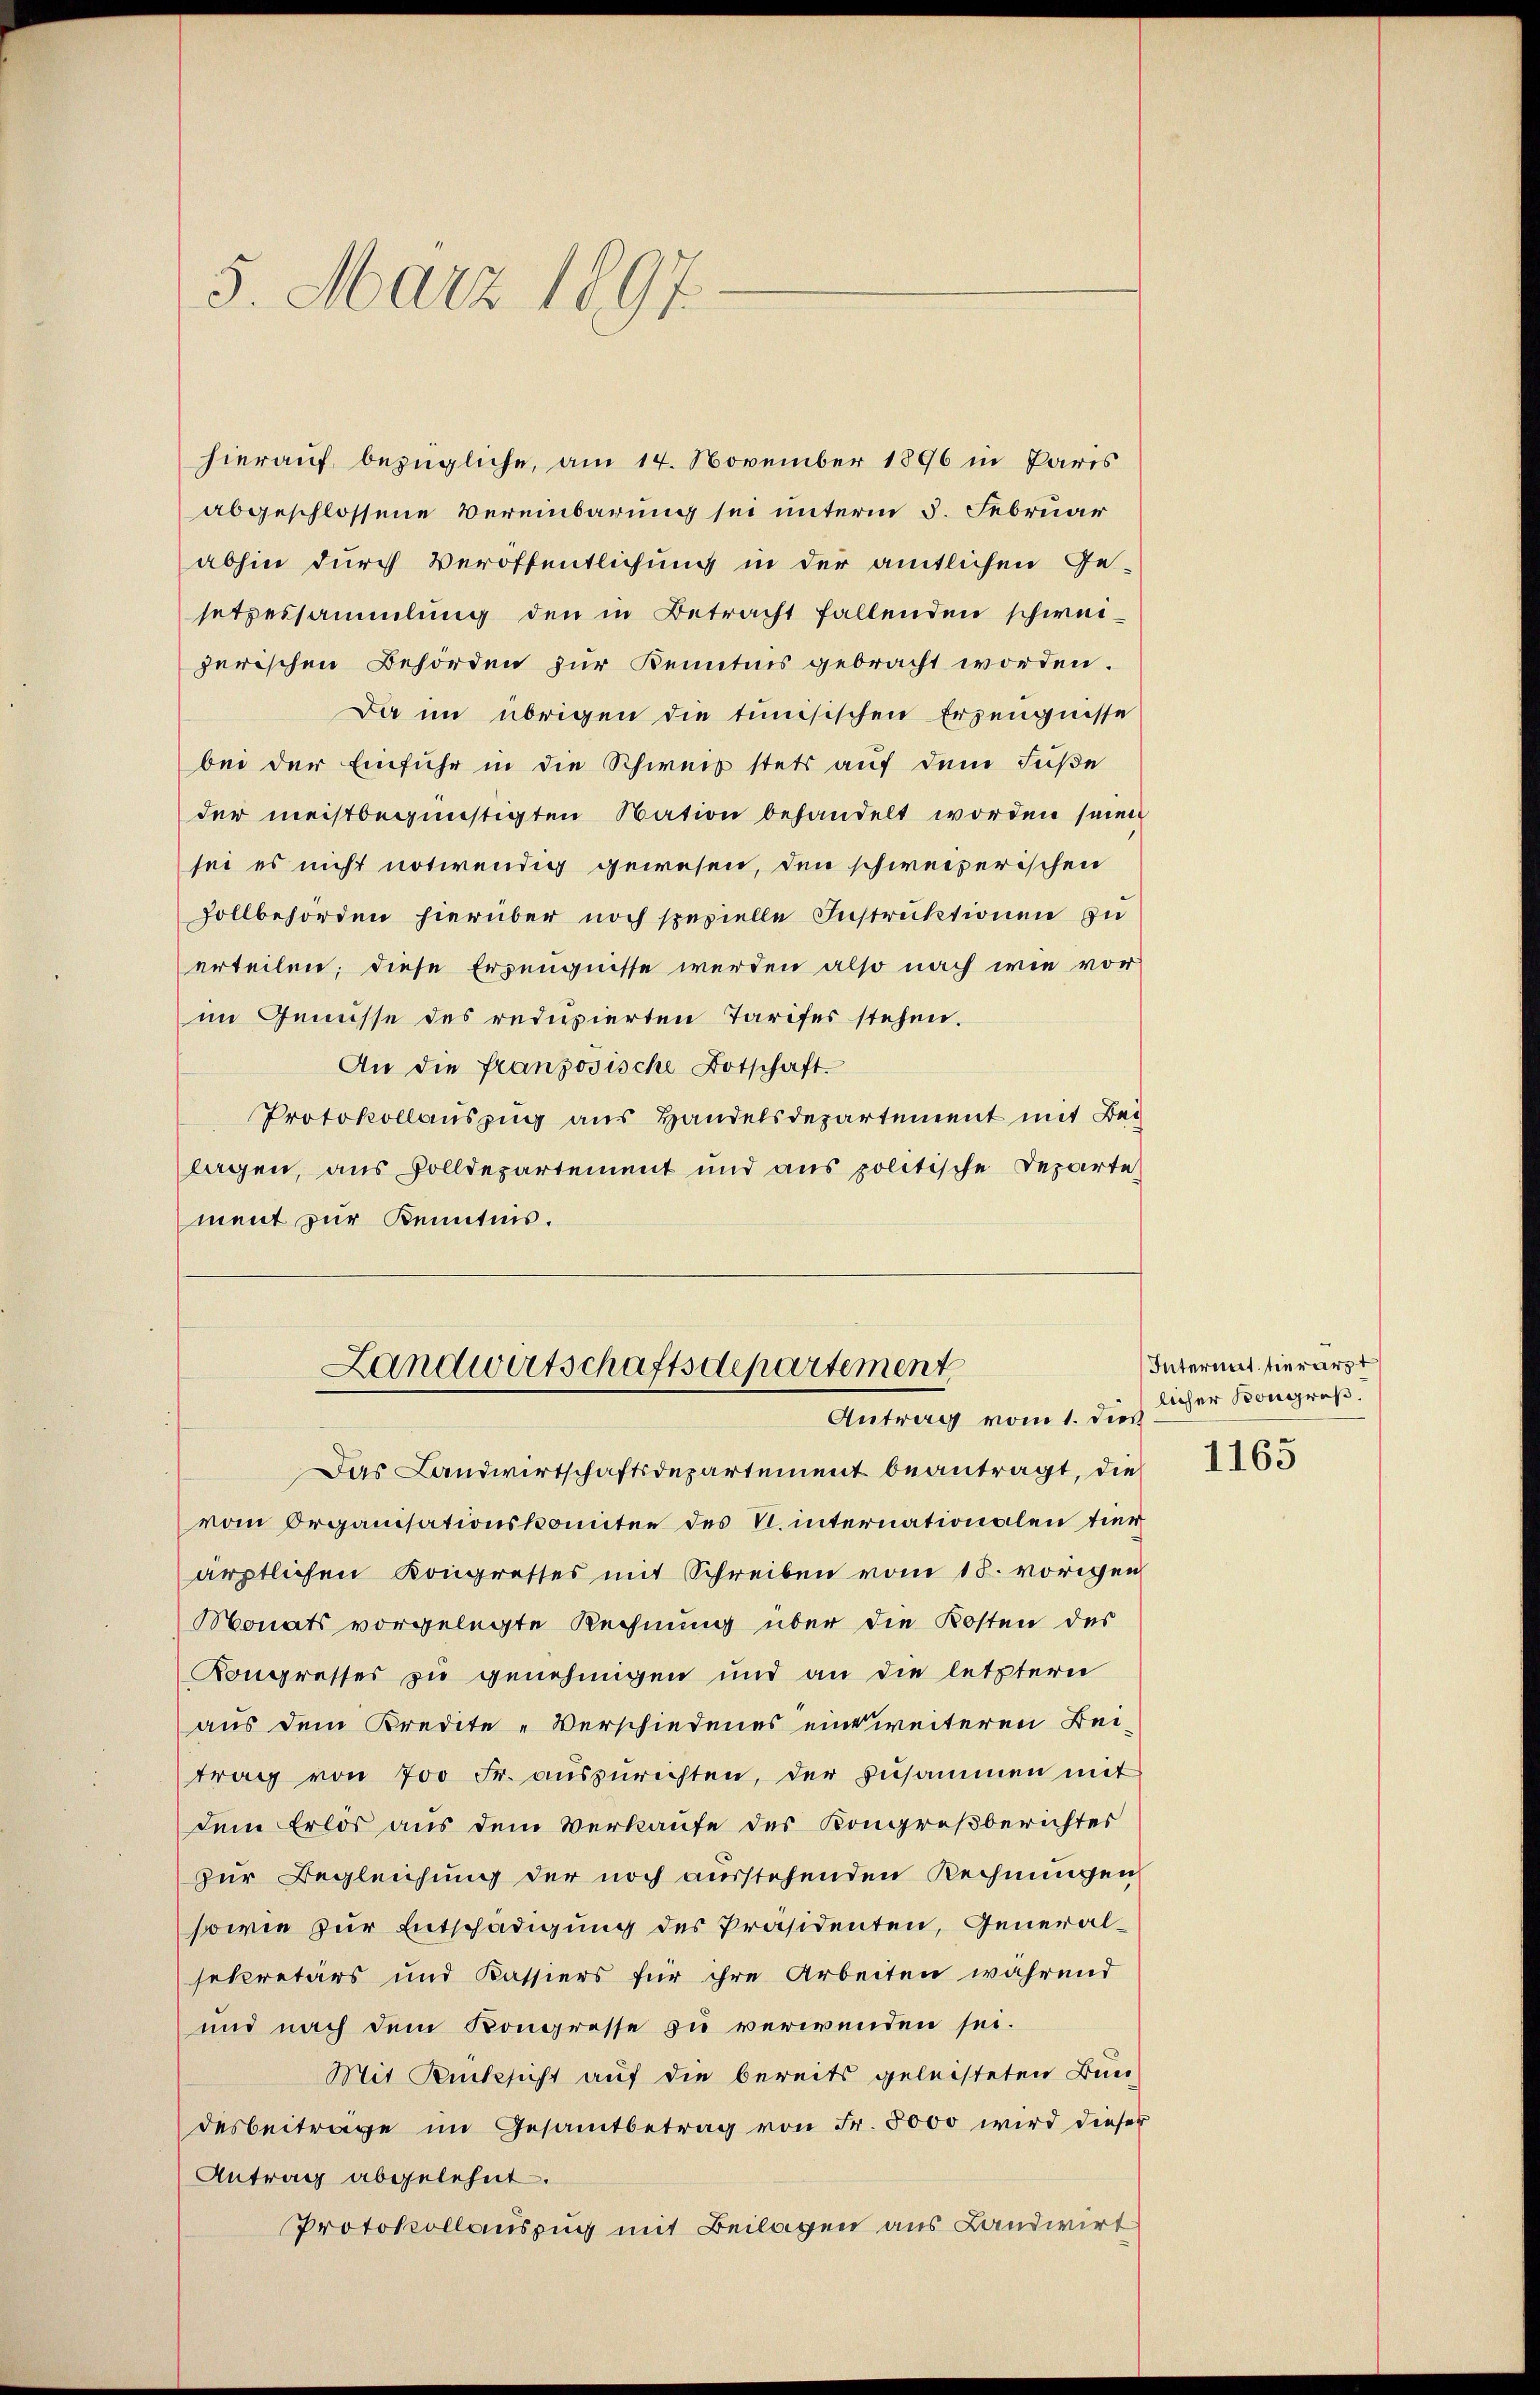
5. März 1897.

hierauf bezügliche, am 14. November 1896 in Paris
abgeschlossene Vereinbarung sei unterm 5. Februar
abhin durch Veröffentlichung in der amtlichen Ge-
setzessammlung den in Betracht fallenden schweizerischen Behörden zur Kenntnis gebracht worden.
Da im übrigen die tunisischen Erzeugnisse
bei der Einfuhr in die Schweiz stets auf dem Füße
der meistbegünstigten Nation behandelt worden seien
sei es nicht notwendig gewesen, den schweizerischen
Zollbehörden hierüber noch spezielle Instruktionen zu
erteilen; diese Erzeugnisse werden also nach wie vor
im Genüsse des reduzierten Tarifes stehen.
An die französische Botschaft.
Protokollauszug aus Handelsdepartement mit Bei
lagen, aus volldepartement und aus politische Departe
ment zur Kenntnis.
Landwirtschaftsdepartement
Antrag vom 1. dies
Das Landwirtschaftsdepartement beantragt, die
vom Organisationskomitee des N. internationalen tier
ärztlichen Kongresses mit Schreiben vom 18. vorigen
Monats vorgelegte Rechnung über die Kosten des
Kongresses zu genehmigen und an die letztern
aus dem Kredite „Verschiedenes einweiteren Bei
trag von 700 Fr. aŭszŭrichten, der zusammen mit
dem Erlös aus dem Verkaufe des Kongreßberichtes
zur Begleichung der noch ausstehenden Rechnungen
sowie zur Entschädigung des Präsidenten, Generalsekretärs und Kassiers für ihre Arbeiten während
und nach dem Kongresse zu verwenden sei.
Mit Rücksicht auf die bereits geleisteten Bun-
desbeitrage im Gesamtbetrag von Fr. 5000 wird dieser
Antrag abgelehnt.
Protokollauszug mit Beilagen aus Landwirt

Intermit hierarzt
licher Kongreß
1163